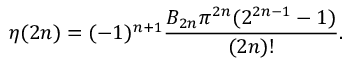
\eta ( 2 n ) = ( - 1 ) ^ { n + 1 } { \frac { B _ { 2 n } \pi ^ { 2 n } ( 2 ^ { 2 n - 1 } - 1 ) } { ( 2 n ) ! } } .